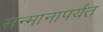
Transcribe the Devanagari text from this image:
सन्मानापर्यंत